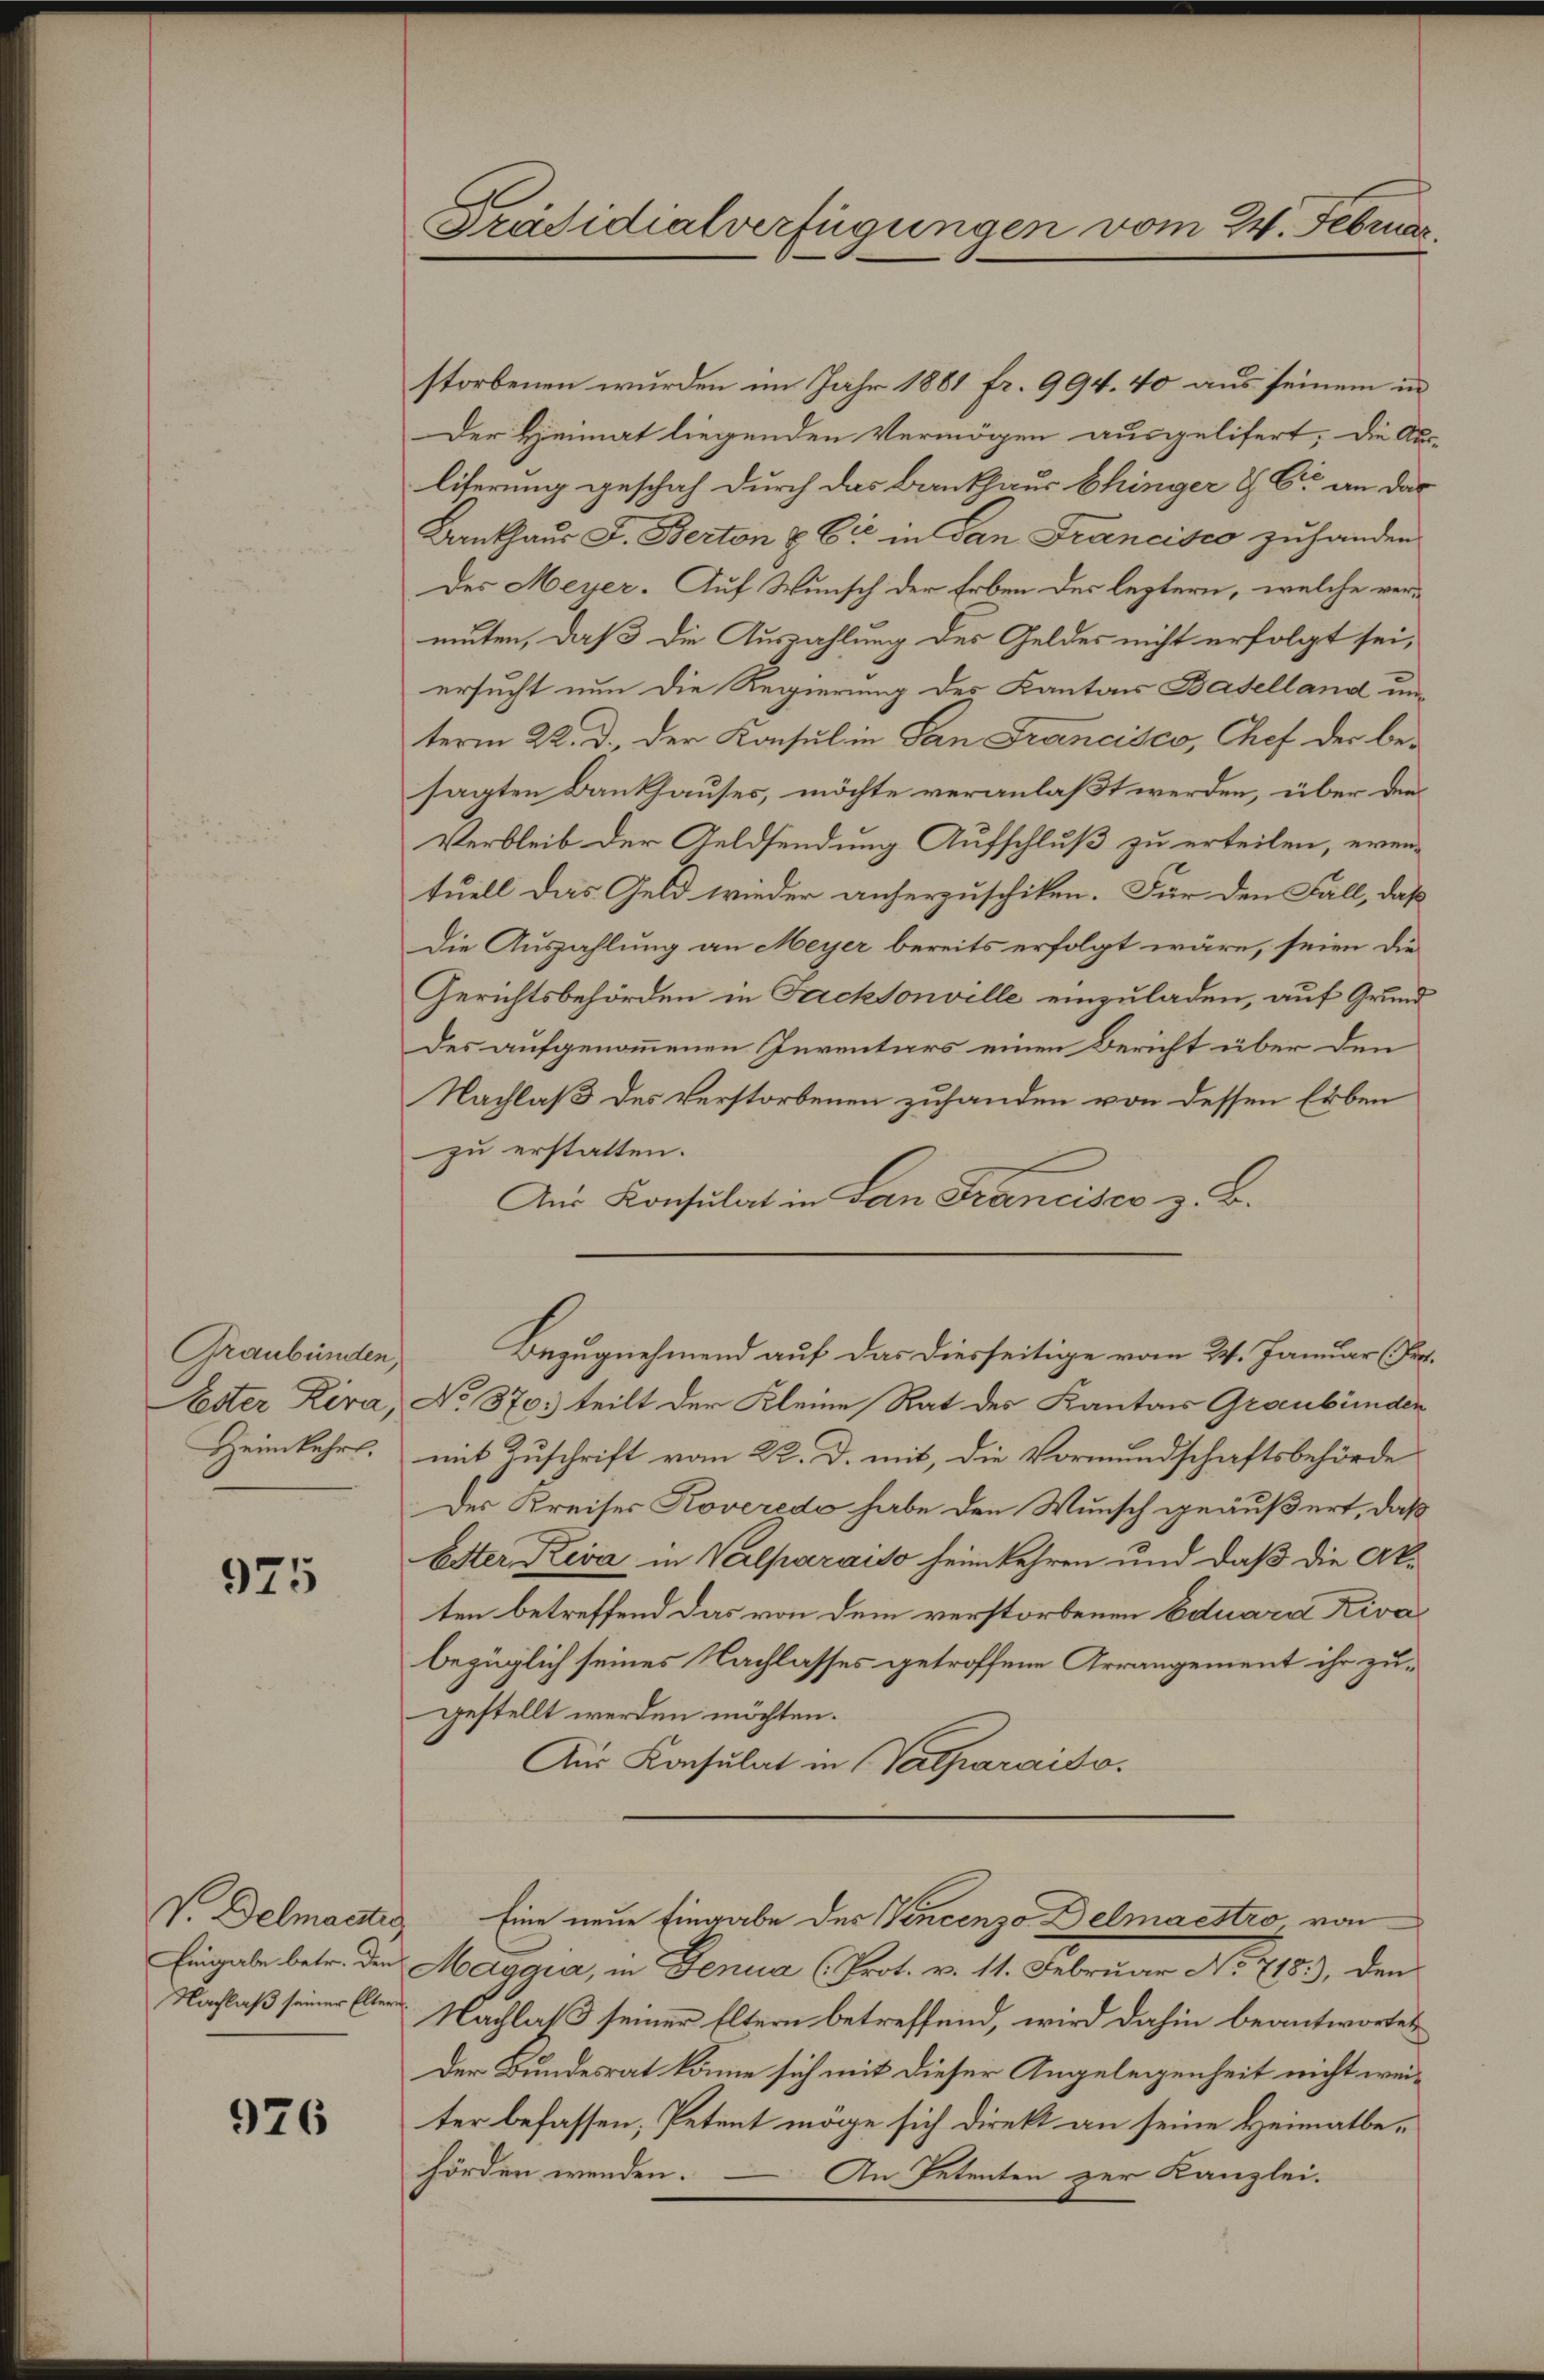
Graubünden,

975

V. Delmantis
Eingabe betr. den
Nachlaß seiner Eltern

976

Präsidialverfügungen vom 24. Februar.

storbenen wurden im Jahr 1881 fr. 994. 40 aus seinem in
Der Heimat liegenden Vermögen ausgelifert. Die Aus-
liferung geschah durch das Bankhaus Chinger & Cie an das
Bankhaus J. Berton & Cie in San Francisco zuhanden
Des Meyer. Auf Wunsch der Erben des leztern, welche vermuten, daß die Auszahlung des Geldes nicht erfolgt sei,
ersucht nun die Regierung des Kantons Baselland unterm 22. d. der Konsul in San Francisco, Chef der besagten Bankhauses, möchte veranlaßt werden, über den
Verbleib der Geldsendung Aufschluß zu erteilen, eventuell das Geld wieder anherzuschiken. Für den Fall, daß
Die Auszahlung an Meyer bereits erfolgt wäre, seien die
Gerichtsbehörden in Fachsonville einzuladen, auf Grund¬
Des aufgenommenen Inventars einen Bericht über den
Nachlaß des Verstorbenen zuhanden von dessen Erben
zu erstatten.
Aus Konsulat in San Francisco z. B.
Bezugnehmend auf das diesseitige vom 24. Januar (Fr.
Ester Kira, No 870. teilt der Kleine Rat des Kantons Graubünden
Heimkehrs, mit Zuschrift vom 22. d. mit, die Vormundschaftsbehörde
Der Kreises Koveredo habe den Wunsch geäußert, daß
Ester Riva in Valparaiso heimkehren und daß die Akten betreffend das von dem verstorbenen Eduard Rivabezüglich seines Nachlasses getroffene Arrangement ihr zugestellt werden möchten.
Aus Konsulat in (Valparaiso
Eine neue Eingabe der Vincenzo Delmaestro von
Maggia, in Genua (Prot. v. 11. Februar No 718.), den
Nachlaß seiner Eltern betreffend, wird dahin beantwortet
Der Bundesrat könne sich mit dieser Angelegenheit nicht weiter befassen, Petent möge sich direkt an seine Heimatbehörden werden.
An Petenten zur Kanzlei.